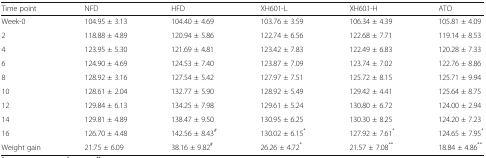
<table><thead><tr><td><b>Time point</b></td><td><b>NFD</b></td><td><b>HFD</b></td><td><b>XH601-L</b></td><td><b>XH601-H</b></td><td><b>ATO</b></td></tr></thead><tbody><tr><td>Week-0</td><td>104.95 ± 3.13</td><td>104.40 ± 4.69</td><td>103.76 ± 3.59</td><td>106.34 ± 4.39</td><td>105.81 ± 4.09</td></tr><tr><td>2</td><td>118.88 ± 4.89</td><td>120.94 ± 5.86</td><td>122.74 ± 6.56</td><td>122.68 ± 7.71</td><td>119.14 ± 8.53</td></tr><tr><td>4</td><td>123.95 ± 5.30</td><td>121.69 ± 4.81</td><td>123.42 ± 7.83</td><td>122.49 ± 6.83</td><td>120.28 ± 7.33</td></tr><tr><td>6</td><td>124.90 ± 4.69</td><td>124.53 ± 7.40</td><td>123.87 ± 7.09</td><td>123.74 ± 7.02</td><td>122.76 ± 8.86</td></tr><tr><td>8</td><td>128.92 ± 3.16</td><td>127.54 ± 5.42</td><td>127.97 ± 7.51</td><td>125.72 ± 8.15</td><td>125.71 ± 9.94</td></tr><tr><td>10</td><td>128.61 ± 2.04</td><td>132.77 ± 5.90</td><td>128.92 ± 5.49</td><td>129.42 ± 4.41</td><td>125.64 ± 8.75</td></tr><tr><td>12</td><td>129.84 ± 6.13</td><td>134.25 ± 7.98</td><td>129.61 ± 5.24</td><td>130.80 ± 6.72</td><td>124.00 ± 2.94</td></tr><tr><td>14</td><td>129.81 ± 4.89</td><td>138.47 ± 9.50</td><td>130.95 ± 6.25</td><td>130.30 ± 8.25</td><td>124.20 ± 7.23</td></tr><tr><td>16</td><td>126.70 ± 4.48</td><td>142.56 ± 8.43<sup>#</sup></td><td>130.02 ± 6.15<sup>*</sup></td><td>127.92 ± 7.61<sup>*</sup></td><td>124.65 ± 7.95<sup>*</sup></td></tr><tr><td>Weight gain</td><td>21.75 ± 6.09</td><td>38.16 ± 9.82<sup>#</sup></td><td>26.26 ± 4.72<sup>*</sup></td><td>21.57 ± 7.08<sup>**</sup></td><td>18.84 ± 4.86<sup>**</sup></td></tr></tbody></table>